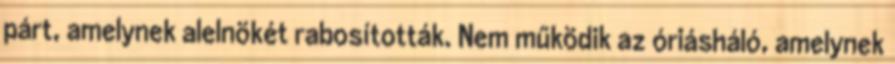
párt, amelynek alelnökét rabosították. Nem működik az óriásháló, amelynek